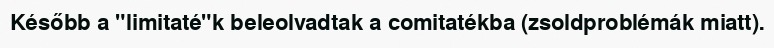
Később a "limitaté"k beleolvadtak a comitatékba (zsoldproblémák miatt).